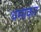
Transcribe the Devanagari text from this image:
थमाकर